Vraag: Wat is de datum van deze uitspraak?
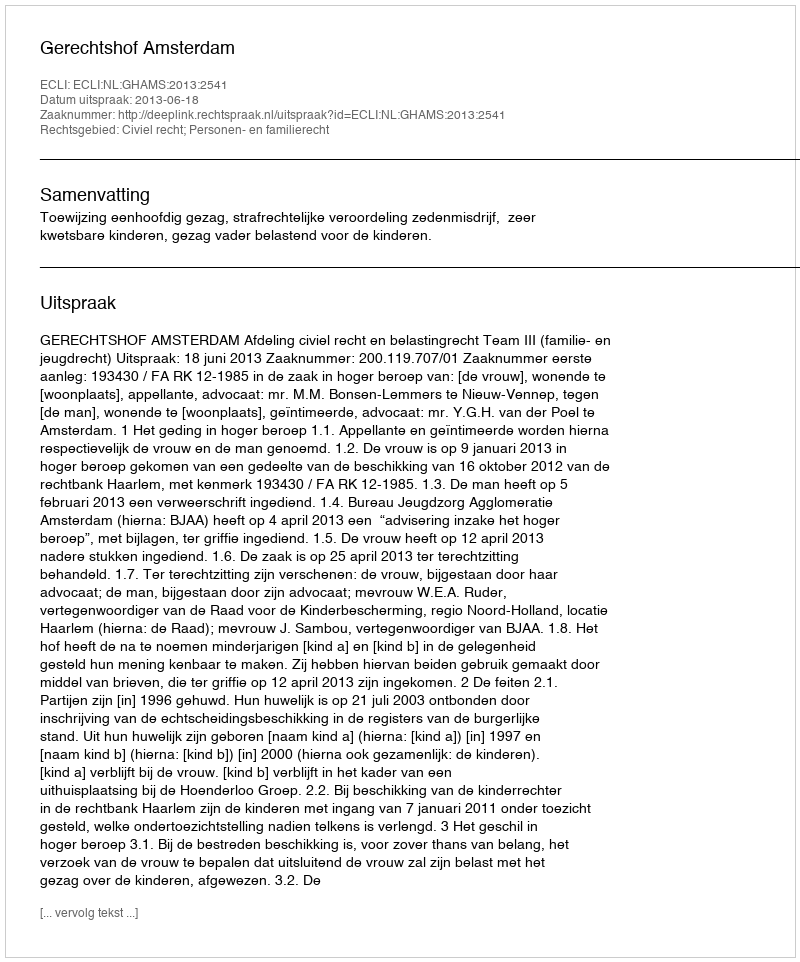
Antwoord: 2013-06-18